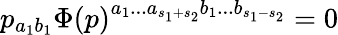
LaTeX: p_{a_{1}b_{1}}\Phi\left(p\right)^{a_{1}...a_{s_{1}+s_{2}}b_{1}...b_{s_{1}-s_{2}}}=0